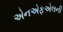
એનએફએલની